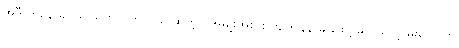
အဲဒီ ကနေ မှ ပိုမို သွက်လက်တယ် ဆိုတဲ့ ၊ အမျိုးအစား ကျကျနန ခွဲခြားဖို့ မလွယ်တဲ့ မိုးပေါ် က